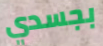
بجسدي